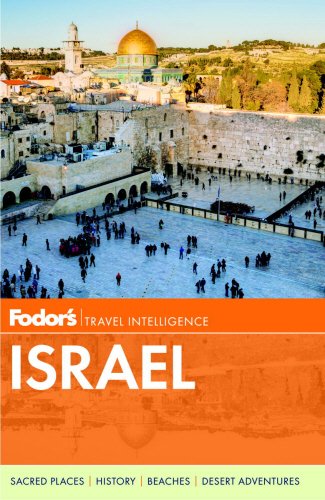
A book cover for Fodor's Israel (Full-color Travel Guide); Fodor's; Travel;